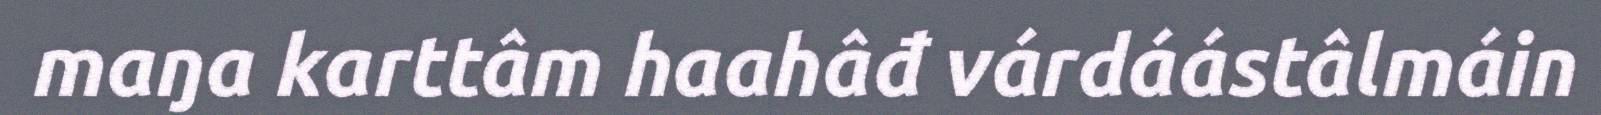
maŋa karttâm haahâđ várdáástâlmáin